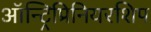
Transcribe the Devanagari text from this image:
ऑन्ट्रिप्रिनियरशिप